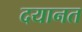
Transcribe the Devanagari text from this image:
दयानत